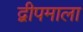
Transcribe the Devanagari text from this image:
द्वीपमाला